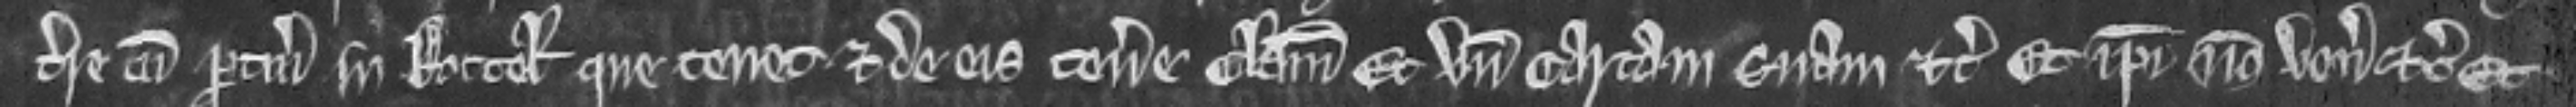
terre cum pertinenciis in Rottel que tenet. et de eis tenere clamat Et unde cartam suam etc Et ipsi non veniunt etc. Et